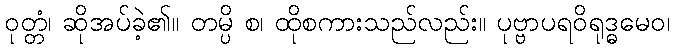
ဝုတ္တံ၊ ဆိုအပ်ခဲ့၏။ တမ္ပိ စ၊ ထိုစကားသည်လည်း။ ပုဗ္ဗာပရဝိရုဒ္ဓမေဝ၊